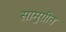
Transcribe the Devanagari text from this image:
सामुग्रीत